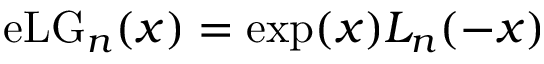
\mathrm { e L G } _ { n } ( x ) = \exp ( x ) L _ { n } ( - x )